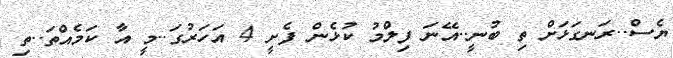
ޔެސް..ރަނގަޅަށް ތި ބުނީ..އޭނަ ފިލްމު ކުޅެން ފެށީ 4 އަހަރުގަ..މީ އާ ކަމެއްތަ..ތި